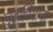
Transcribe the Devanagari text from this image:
लुइझियाना